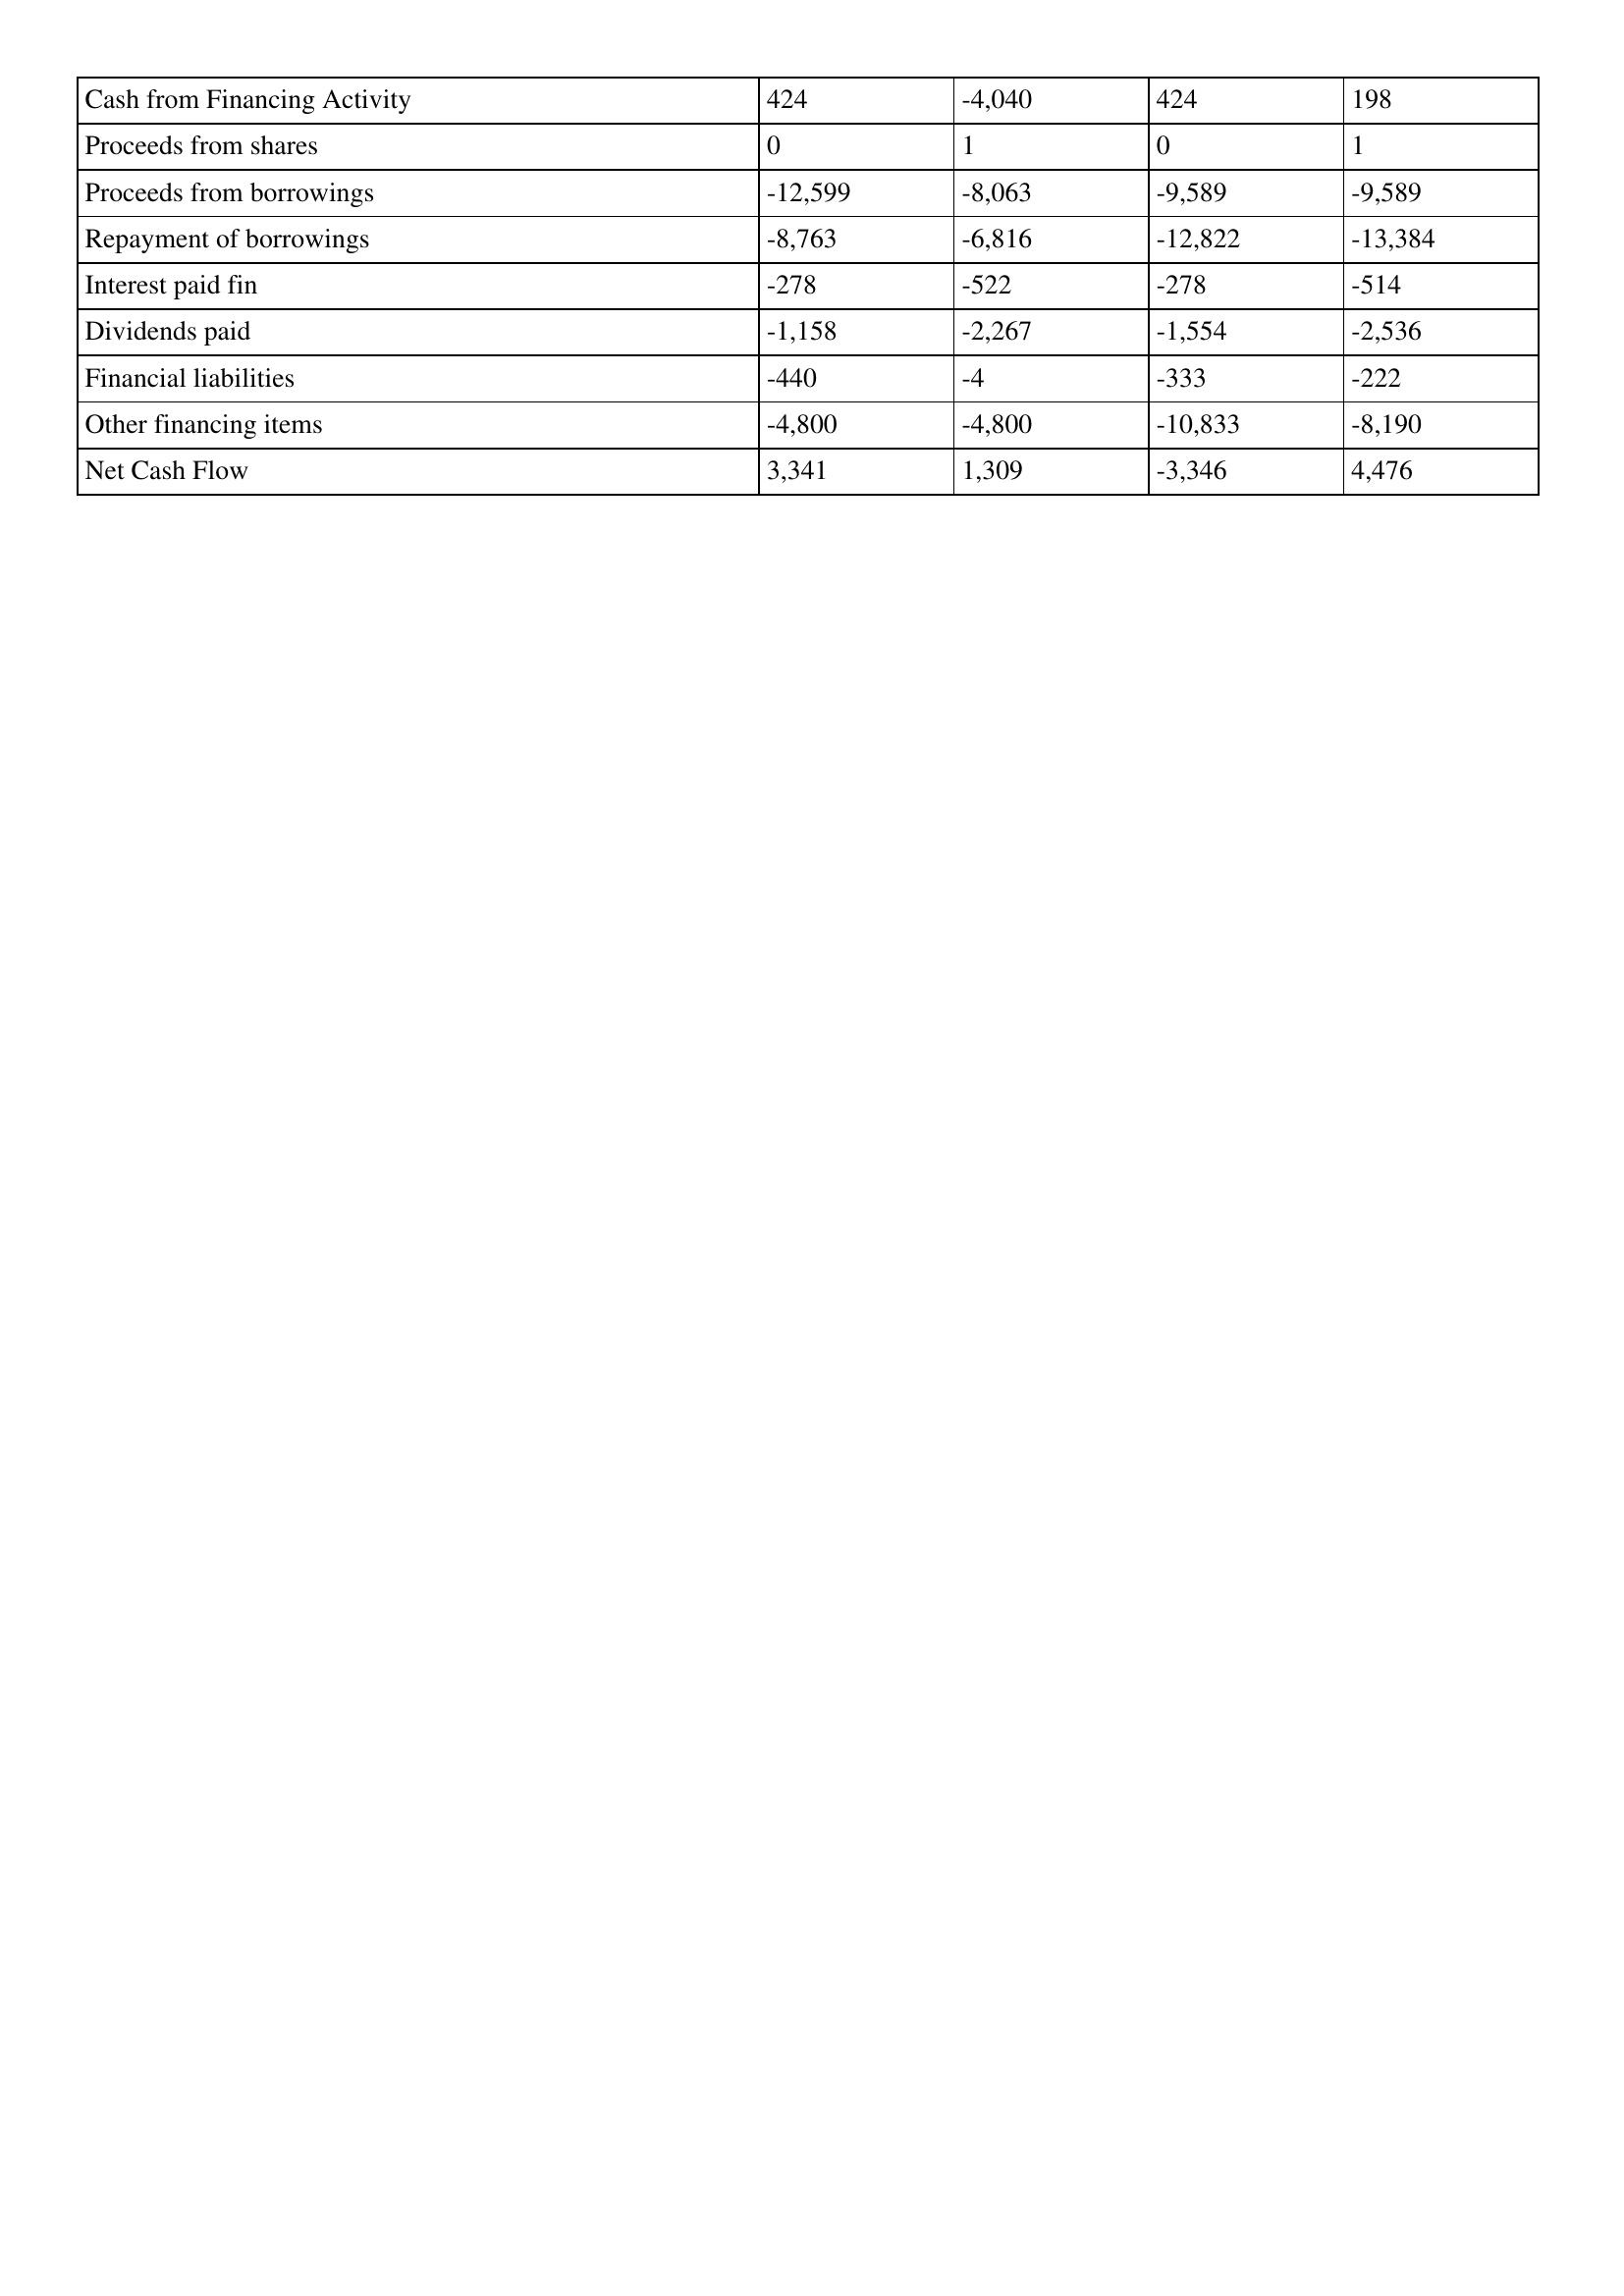
gt_parse: Mar-08: Cash Flows: Cash from Financing Activity: 424
Proceeds from shares: 0
Proceeds from borrowings: -12,599
Repayment of borrowings: -8,763
Interest paid fin: -278
Dividends paid: -1,158
Financial liabilities: -440
Other financing items: -4,800
Net Cash Flow: 3,341
Mar-07: Cash Flows: Cash from Financing Activity: -4,040
Proceeds from shares: 1
Proceeds from borrowings: -8,063
Repayment of borrowings: -6,816
Interest paid fin: -522
Dividends paid: -2,267
Financial liabilities: -4
Other financing items: -4,800
Net Cash Flow: 1,309
Mar-06: Cash Flows: Cash from Financing Activity: 424
Proceeds from shares: 0
Proceeds from borrowings: -9,589
Repayment of borrowings: -12,822
Interest paid fin: -278
Dividends paid: -1,554
Financial liabilities: -333
Other financing items: -10,833
Net Cash Flow: -3,346
Mar-05: Cash Flows: Cash from Financing Activity: 198
Proceeds from shares: 1
Proceeds from borrowings: -9,589
Repayment of borrowings: -13,384
Interest paid fin: -514
Dividends paid: -2,536
Financial liabilities: -222
Other financing items: -8,190
Net Cash Flow: 4,476